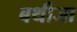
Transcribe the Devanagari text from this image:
बथीजा